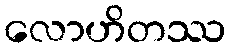
လောဟိတဿ